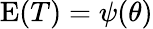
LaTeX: \operatorname{E}(T)=\psi(\theta)